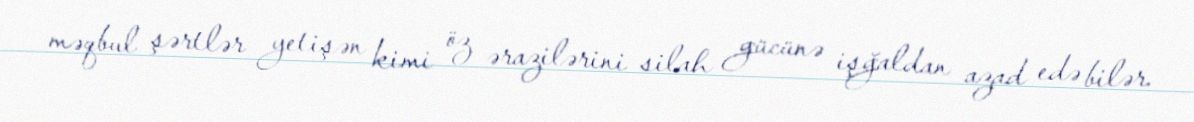
məqbul şərtlər yetişən kimi öz ərazilərini silah gücünə işğaldan azad edə bilər.